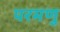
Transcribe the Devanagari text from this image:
परमणु